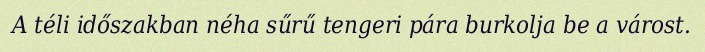
A téli időszakban néha sűrű tengeri pára burkolja be a várost.